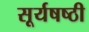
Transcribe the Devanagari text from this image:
सूर्यषष्ठी